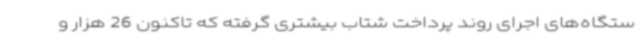
ستگاه‌های اجرای روند پرداخت شتاب بیشتری گرفته که تاکنون 26 هزار و